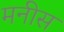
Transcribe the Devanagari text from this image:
मनीस